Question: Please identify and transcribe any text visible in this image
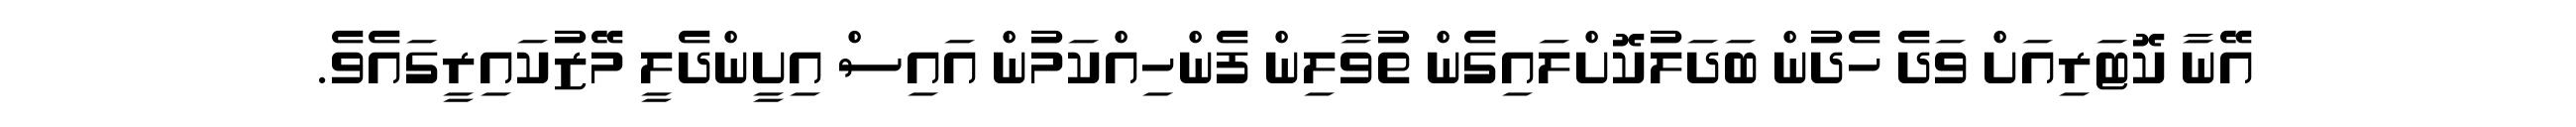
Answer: އޭނާ ކޮޓަރިއަށް ވަދެ ހެދުން ބަދަލުކޮށްލައިގެން ތުވާލިން ފެންހިއްކަމުން އައިސް އިށީންދެލީ މޭޒުކައިރީގައެވެ.